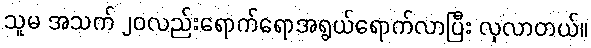
သူမ အသက် ၂၀လည်းရောက်ရောအရွယ်ရောက်လာပြီး လှလာတယ်။